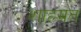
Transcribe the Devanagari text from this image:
शाहमत